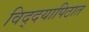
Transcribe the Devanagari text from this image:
विद्दयापिठात